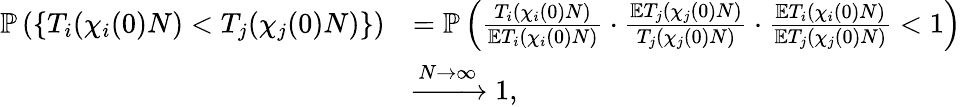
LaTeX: \begin{array}{rl}{\mathbb{P}\left(\left\{ T_{i}(\chi_{i}(0)N)<T_{j}(\chi_{j}(0)N)\right\} \right)}&{=\mathbb{P}\left(\frac{T_{i}(\chi_{i}(0)N)}{\mathbb{E}T_{i}(\chi_{i}(0)N)}\cdot\frac{\mathbb{E}T_{j}(\chi_{j}(0)N)}{T_{j}(\chi_{j}(0)N)}\cdot\frac{\mathbb{E}T_{i}(\chi_{i}(0)N)}{\mathbb{E}T_{j}(\chi_{j}(0)N)}<1\right)}\\ &{\xrightarrow{N\to\infty}1,}\end{array}